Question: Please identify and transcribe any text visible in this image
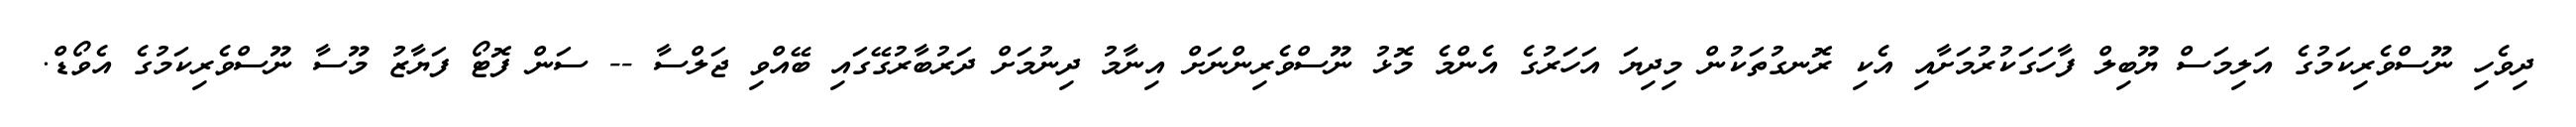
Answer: ދިވެހި ނޫސްވެރިކަމުގެ އަލިމަސް ޔޫބިލް ފާހަގަކުރުމަށާއި އެކި ރޮނގުތަކުން މިދިޔަ އަހަރުގެ އެންމެ މޮޅު ނޫސްވެރިންނަށް އިނާމު ދިނުމަށް ދަރުބާރުގޭގައި ބޭއްވި ޖަލްސާ -- ސަން ފޮޓޯ ފަޔާޒު މޫސާ ނޫސްވެރިކަމުގެ އެވޯޑް.